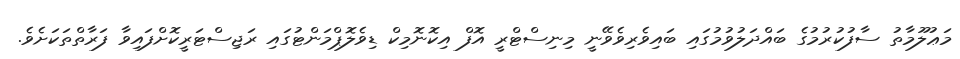
މަޢުލޫމާތު ސާފުކުރުމުގެ ބައްދަލުވުމުގައި ބައިވެރިވެވޭނީ މިނިސްޓްރީ އޮފް އިކޮނޮމިކް ޑިވެލޮޕްމަންޓުގައި ރަޖިސްޓަރީކޮށްފައިވާ ފަރާތްތަކަށެވެ.